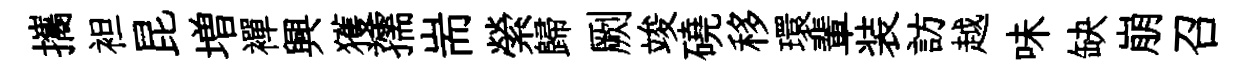
攜袒昆増襌興獲孺耑縈歸劂竣磽移環輩装訪越味缺崩召